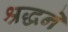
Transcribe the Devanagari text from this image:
श्रद्धने